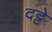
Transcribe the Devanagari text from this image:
दट्टे